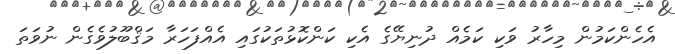
އެހެންކަމުން މިހާރު ވަކި ކަމެއް ދުނިޔޭގެ އެކި ކަންކޮޅުތަކުގައި އެއްފަހަރާ މަޤްބޫލުވެގެން ނުވަތަ